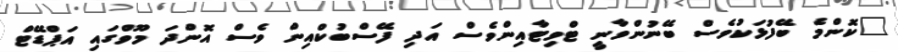
"ކޮންމެ ބޭފުޅަކުވެސް ބޭނުންވާނީ ޓްވިޓާއިންވެސް އަދި ފޭސްބުކްއިން ވެސް އޮންދަ މޫވްގައި އަޕްޑޭޓް